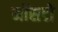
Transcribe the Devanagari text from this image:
मॉसटो